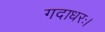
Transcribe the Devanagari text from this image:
गदाधरः।